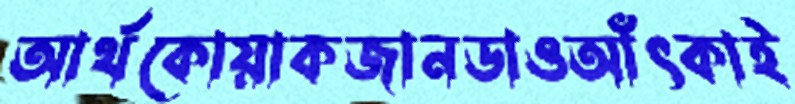
আর্থকোয়াকজানডাওআঁৎকাই